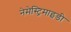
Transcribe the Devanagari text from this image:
नेमेस्ट्रिमाइडी